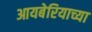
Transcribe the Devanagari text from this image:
आयबेरियाच्या